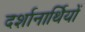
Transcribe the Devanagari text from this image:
दर्शानार्थियों